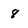
Character: 8